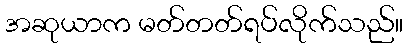
အဆုယာက မတ်တတ်ရပ်လိုက်သည်။